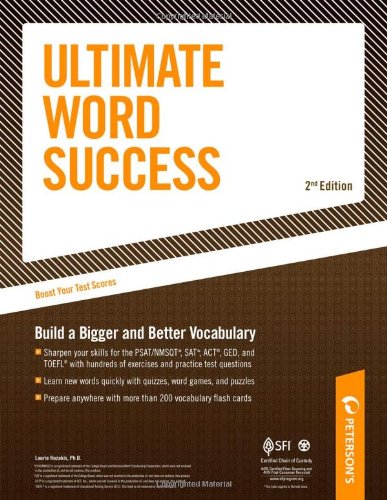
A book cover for Ultimate Word Success: With Flash Cards; Build a Bigger and Better Vovabulary; Laurie Rozakis; Test Preparation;